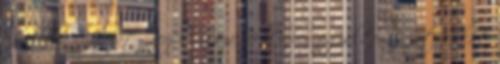
később a dupláját nyerjék vissza. Miközben figyeltem a játékukat